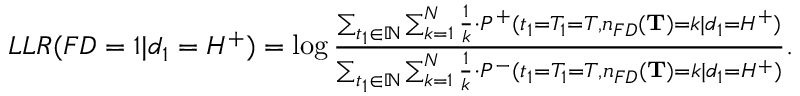
\begin{array} { r } { L L R ( F D = 1 | d _ { 1 } = H ^ { + } ) = \log \frac { \sum _ { t _ { 1 } \in \mathbb { N } } \sum _ { k = 1 } ^ { N } \frac { 1 } { k } \cdot P ^ { + } ( t _ { 1 } = T _ { 1 } = T , n _ { F D } ( \mathbf { T } ) = k | d _ { 1 } = H ^ { + } ) } { \sum _ { t _ { 1 } \in \mathbb { N } } \sum _ { k = 1 } ^ { N } \frac { 1 } { k } \cdot P ^ { - } ( t _ { 1 } = T _ { 1 } = T , n _ { F D } ( \mathbf { T } ) = k | d _ { 1 } = H ^ { + } ) } . } \end{array}